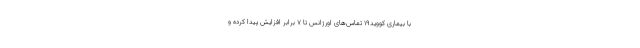
با بیماری کووید١٩ تماس‌های اورژانس تا ٧ برابر افزایش پیدا کرده و